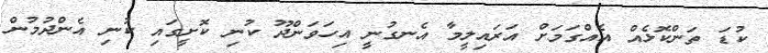
ކުޑަ ތަންކޮޅެއް އެއްގަމަށް އަރައިލީމާ އެނގުނީ އިހަވަންދޫ ކުނި ކޮށީގައި ކުނި އެންދުމުން